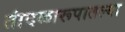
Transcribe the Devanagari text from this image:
तांदळारूपातल्या